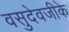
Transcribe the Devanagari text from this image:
वसुदेवजीके